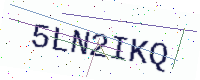
Text: 5LN2IKQ